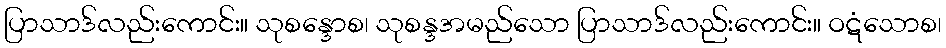
ပြာသာဒ်လည်းကောင်း။ သုစန္ဒောစ၊ သုစန္ဒအမည်သော ပြာသာဒ်လည်းကောင်း။ ဝဋံသောစ၊